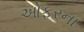
ઓફરના